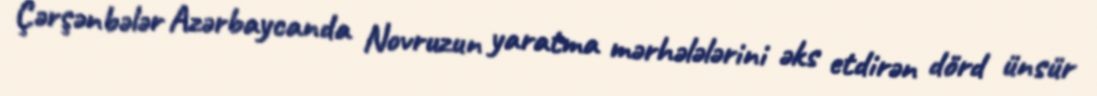
Çərşənbələr Azərbaycanda Novruzun yaratma mərhələlərini əks etdirən dörd ünsür